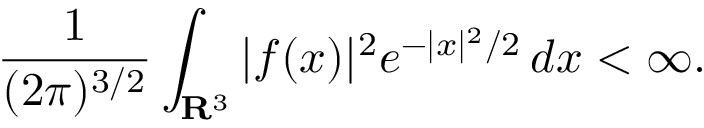
{ \frac { 1 } { ( 2 \pi ) ^ { 3 / 2 } } } \int _ { \mathbf { R } ^ { 3 } } | f ( x ) | ^ { 2 } e ^ { - | x | ^ { 2 } / 2 } \, d x < \infty .